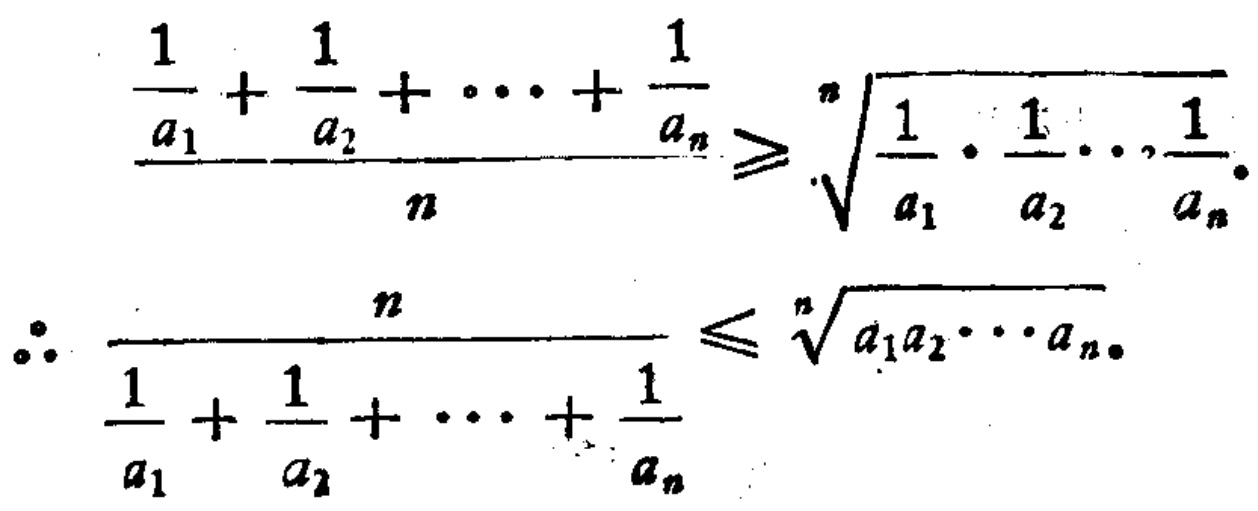
\[

\frac{\frac{1}{a_1}+\frac{1}{a_2}+\cdots+\frac{1}{a_n}}{n} \geq \sqrt[n]{\frac{1}{a_1}\cdot\frac{1}{a_2}\cdots\frac{1}{a_n}}

\]

\[

\therefore \frac{n}{\frac{1}{a_1}+\frac{1}{a_2}+\cdots+\frac{1}{a_n}} \leq \sqrt[n]{a_1a_2\cdots a_n}

\]